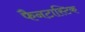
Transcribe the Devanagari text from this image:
फैनटास्टिक